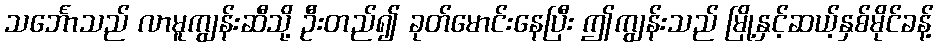
သင်္ဘောသည် လာမူကျွန်းဆီသို့ ဦးတည်၍ ခုတ်မောင်းနေပြီး ဤကျွန်းသည် မြို့နှင့်ဆယ့်နှစ်မိုင်ခန့်